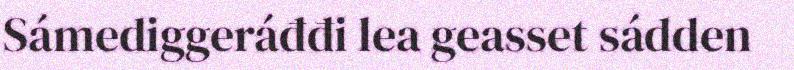
Sámediggeráđđi lea geasset sádden